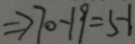
\Rightarrow 7 0 - 1 9 = 5 1